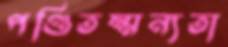
পণ্ডিতম্মন্যতা